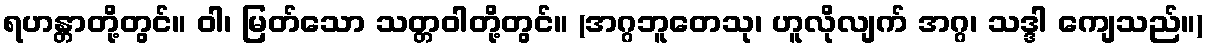
ရဟန္တာတို့တွင်။ ဝါ၊ မြတ်သော သတ္တဝါတို့တွင်။ (အဂ္ဂဘူတေသု၊ ဟူလိုလျက် အဂ္ဂ၊ သဒ္ဒါ ကျေသည်။)